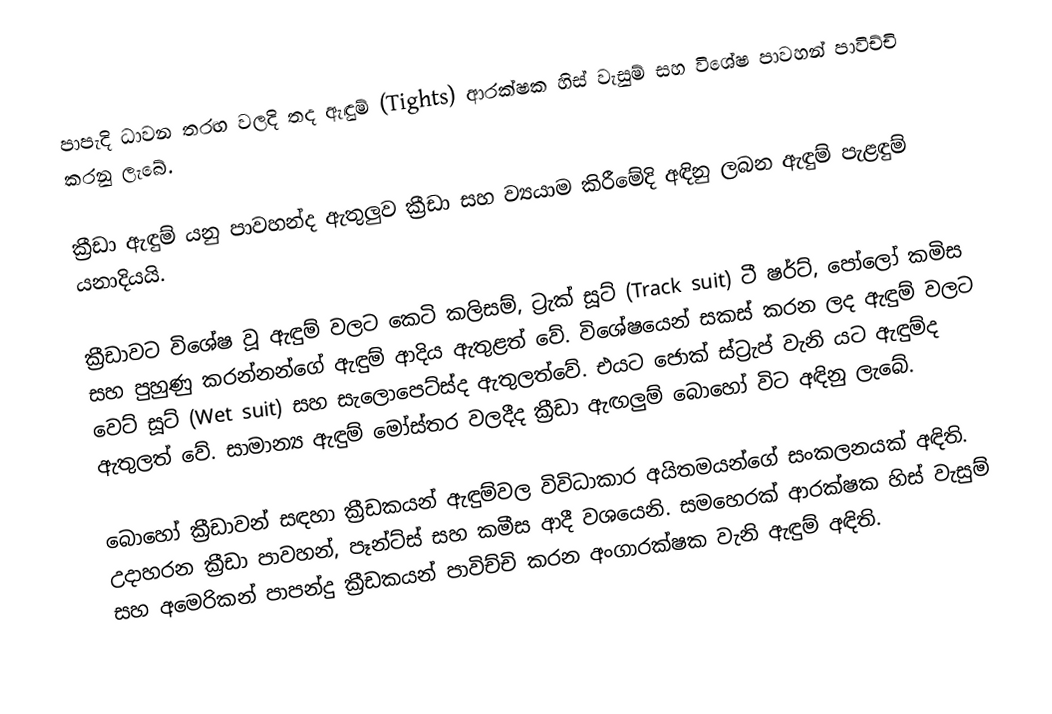
පාපැදි ධාවන තරඟ වලදි තද ඇඳුම් (Tights) ආරක්ෂක හිස් වැසුම් සහ විශේෂ පාවහන් පාවිච්චි කරනු ලැබේ.

ක්‍රීඩා ඇඳුම් යනු පාවහන්ද ඇතුලුව ක්‍රීඩා සහ ව්‍යයාම කිරීමේදි අඳිනු ලබන ඇඳුම් පැළඳුම් යනාදියයි.

ක්‍රීඩාවට විශේෂ වූ ඇඳුම් වලට කෙටි කලිසම්, ට්‍රැක් සූට් (Track suit) ටී ෂර්ට්, පෝලෝ කමිස සහ පුහුණු කරන්නන්ගේ ඇඳුම් ආදිය ඇතුළත් වේ. විශේෂයෙන් සකස් කරන ලද ඇඳුම් වලට වෙට් සූට් (Wet suit) සහ සැලොපෙට්ස්ද ඇතුලත්වේ. එයට ජොක් ස්ට්‍රැප් වැනි යට ඇඳුම්ද ඇතුලත් වේ. සාමාන්‍ය ඇඳුම් මෝස්තර වලදීද ක්‍රීඩා ඇඟලුම් බොහෝ විට අඳිනු ලැබේ.

බොහෝ ක්‍රීඩාවන් සඳහා ක්‍රීඩකයන් ඇඳුම්වල විවිධාකාර අයිතමයන්ගේ සංකලනයක් අඳිති. උදාහරන ක්‍රීඩා පාවහන්, පෑන්ට්ස් සහ කමීස ආදී වශයෙනි. සමහ‍ෙරක් ආරක්ෂක හිස් වැසුම් සහ අමෙරිකන් පාපන්දු ක්‍රීඩකයන් පාවිච්චි කරන අංගාරක්ෂක වැනි ඇඳුම් අඳිති.